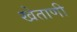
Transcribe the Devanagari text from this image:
खेताणी